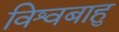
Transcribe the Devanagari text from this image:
विश्वबाहु